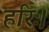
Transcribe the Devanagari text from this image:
हरिः।